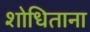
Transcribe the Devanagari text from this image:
शोधिताना